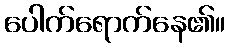
ပေါက်ရောက်နေ၏။